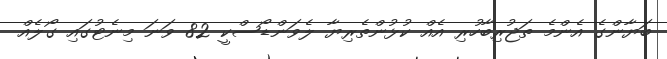
ބަޔާންގެ އެންމެ ތަޖުރިބާހުރި އެއް ކުޅުންތެރިޔާ ލެވަންޑޯސްކީ 82 ވަނަ މިނެޓުގައި ގޯލެއް